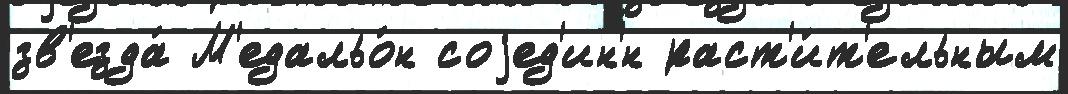
зв'езда́ М'едальо́н соjед'ин'́н раст'и́т'ельным